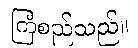
ကြံစည်သည်။